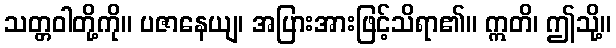
သတ္တဝါတို့ကို။ ပဇာနေယျ၊ အပြားအားဖြင့်သိရာ၏။ ဣတိ၊ ဤသို့။